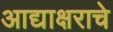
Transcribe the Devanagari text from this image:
आद्याक्षराचे